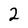
Character: 2